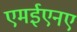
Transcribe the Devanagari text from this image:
एमईएनए